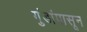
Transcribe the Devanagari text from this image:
गुंडांपासून